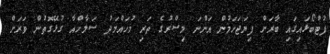
ފުޓްބޯޅައިގައި ބާރަށް ފިޔަޖަހަމުން އަންނަ މިސްރުގެ ތަރި މުހައްމަދު ސަލާހްއާ ގުޅޭގޮތުން ވަރަށް